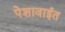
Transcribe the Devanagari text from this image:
पेशावाईत